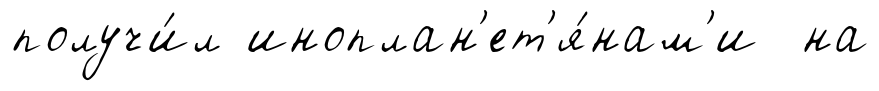
получи́л иноплан'ет'я́нам'и на